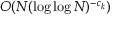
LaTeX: O ( N ( \log \log N ) ^ { - c _ { k } } )